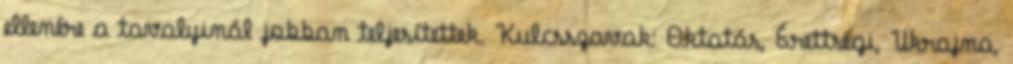
ellenére a tavalyinál jobban teljesítettek. Kulcsszavak: Oktatás, Érettségi, Ukrajna,